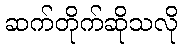
ဆက်တိုက်ဆိုသလို